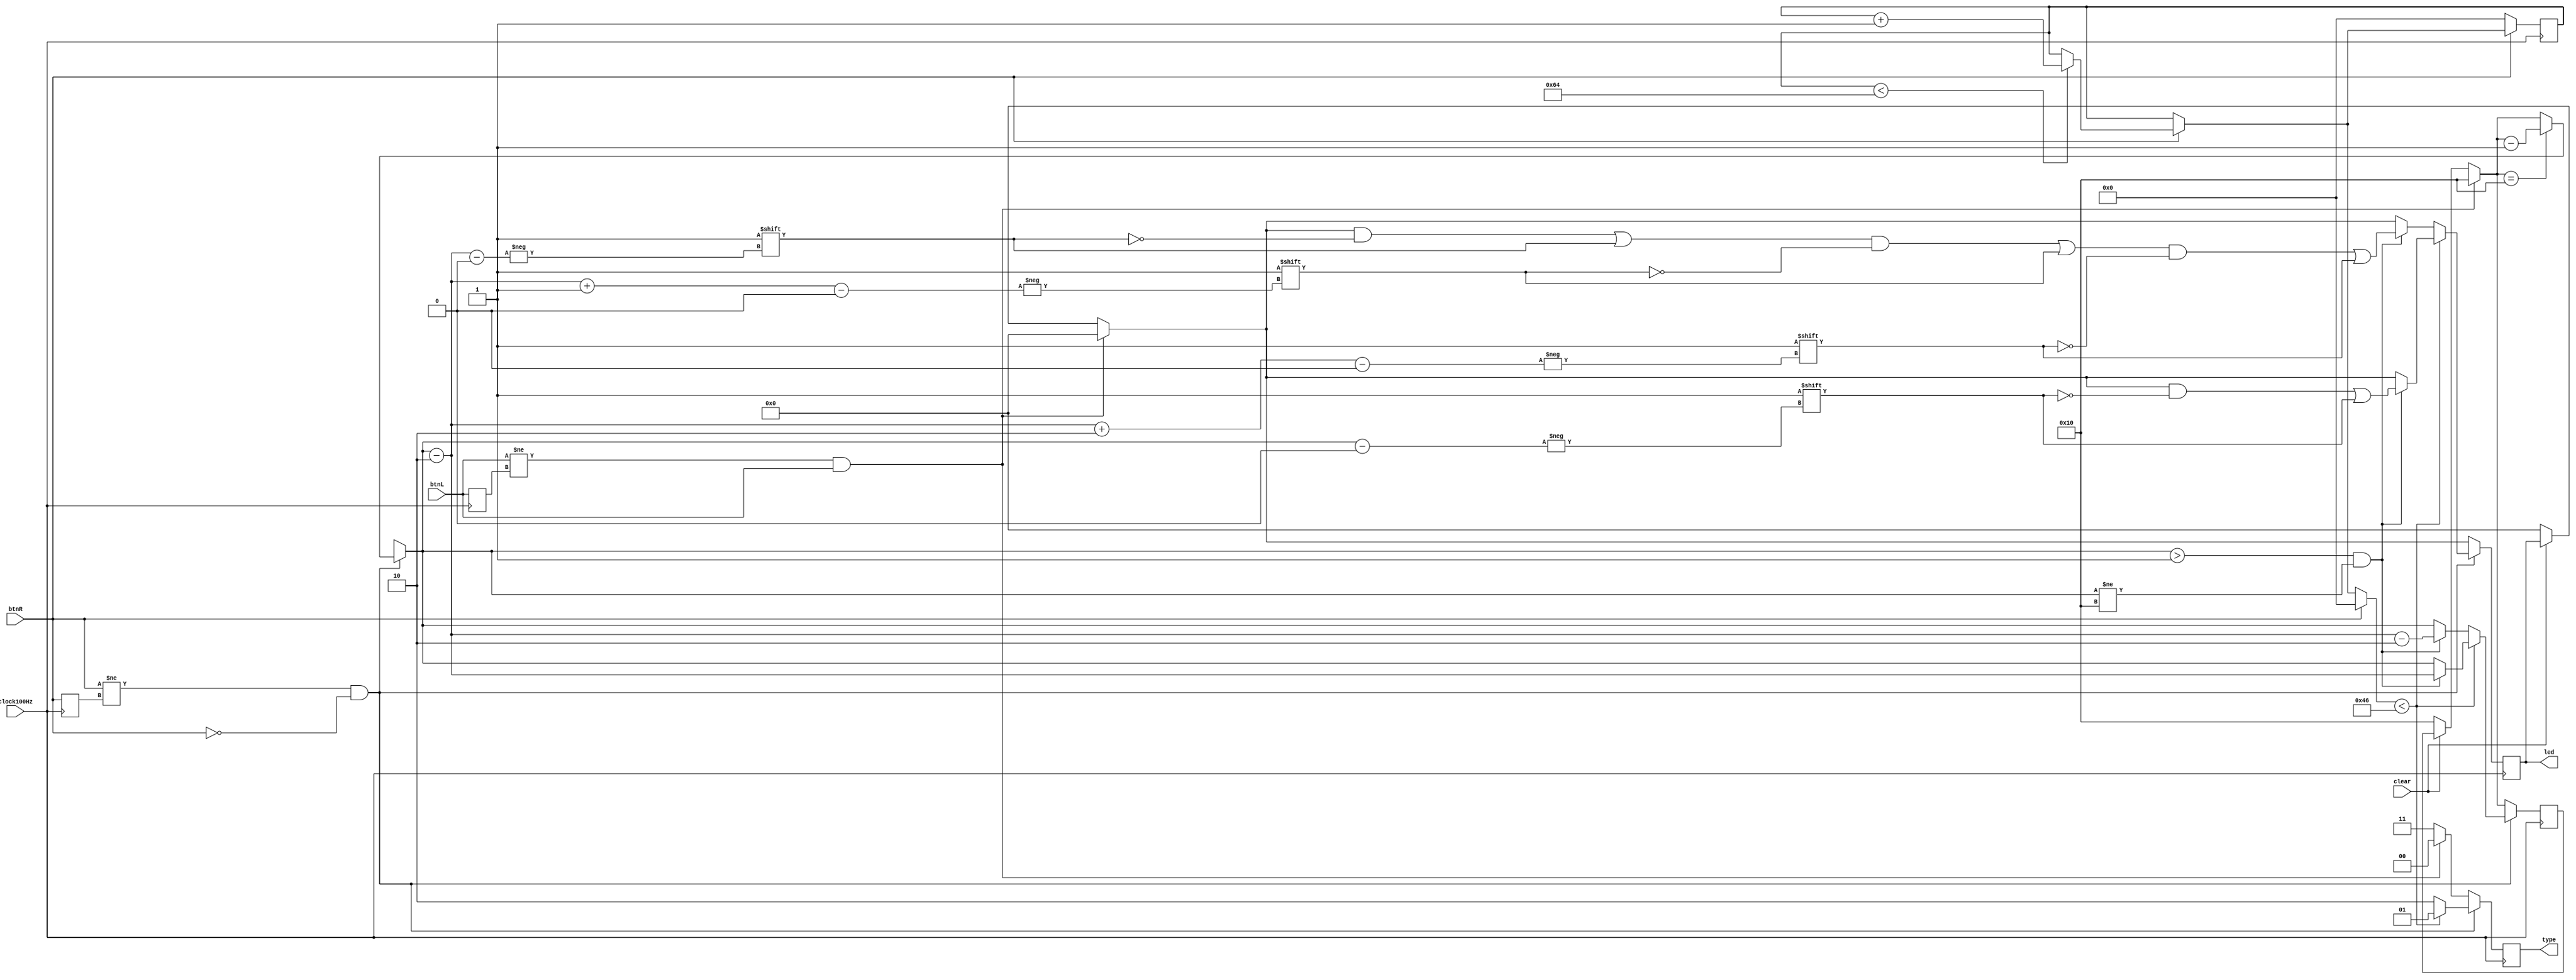
`timescale 1ns / 1ps
//////////////////////////////////////////////////////////////////////////////////
// Company: 
// Engineer: 
// 
// Design Name: 
// Module Name: type_state2
// Project Name: 
// Target Devices: 
// Tool Versions: 
// Description: 
// 
// Dependencies: 
// 
// Revision:
// Revision 0.01 - File Created
// Additional Comments:
// 
//////////////////////////////////////////////////////////////////////////////////


module type_state2(
    input clock100Hz,
    input clear,
    input btnR,
    input  btnL,
    output [1:0]type,
    output reg [15:0]led
    );
    
    reg [7:0]count = 0;
    
    reg [4:0]i = 0;
    
    reg btnLOld = 0;
    reg btnROld = 0;
    
    reg [1:0]type_old = 0;
    reg [1:0]type_next = 0;
    
    reg state;
    reg [7:0]finalCount = 0;
    
    parameter GAP = 2'b00;
    parameter DOT = 2'b01;
    parameter DASH = 2'b10;
    parameter STOP = 2'b11;
    
    always @ (posedge clock100Hz)
        begin
        
        type_next = STOP;
        //led = 3'b000;
        finalCount = 0;
                
        // Clear

        if(clear == 0)
            begin
            led = 0;
            i = 16;
            end
                
        // BUTTION RIGHT COUNTER
        
        if(btnR == 1)
            begin
                if(count <100)
                    count = count + 1;
            end
        
        if(btnR == 0)
            begin                
                finalCount = count;
                count = 0;
            end
        
        // BUTTON LEFT 
        
        if ( ( btnL != btnLOld)  &&  ( btnL == 1 ) )
            begin
                type_next = GAP;
                led = 0;
                i = 16;
            end
        
        // State Assign
        
        if ( ( btnR != btnROld) && ( btnR ==  0) )
            begin
                if(i == 16)
                    i = i - 1;
                if(finalCount < 70) begin
                    type_next = DOT;
                    if(i > 1 && i != 16)
                        begin
                        led[i] = 1;
                        i = i - 2;
                        end
                    //led = 3'b011;
                    end
                else begin
                    type_next = DASH;  
                    if(i > 1 && i != 16)
                        begin
                            i = i - 2;
                            led[i] = 1;
                            led[i+1] = 1;
                            led[i+2] = 1;
                            i = i - 2;
                        end
                    //led = 3'b001;    
                    end
     
            end
        
        
        btnROld <= btnR;
        btnLOld <= btnL;
        
        end
        
        assign type = type_next;
        
endmodule